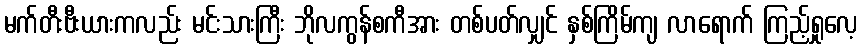
မက်တီးဗီးယားကလည်း မင်းသားကြီး ဘိုလကွန်စကီအား တစ်ပတ်လျှင် နှစ်ကြိမ်ကျ လာရောက် ကြည့်ရှုလေ့